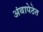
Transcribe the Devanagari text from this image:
अंबापेठेत